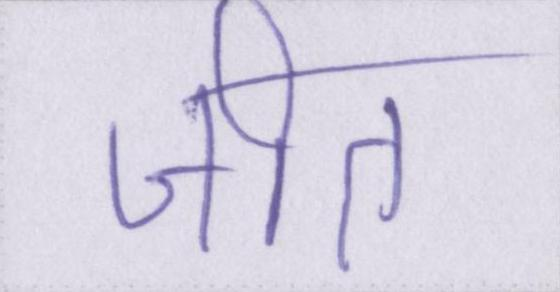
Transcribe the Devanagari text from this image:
जीत